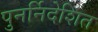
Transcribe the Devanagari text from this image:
पुनर्निदेशित